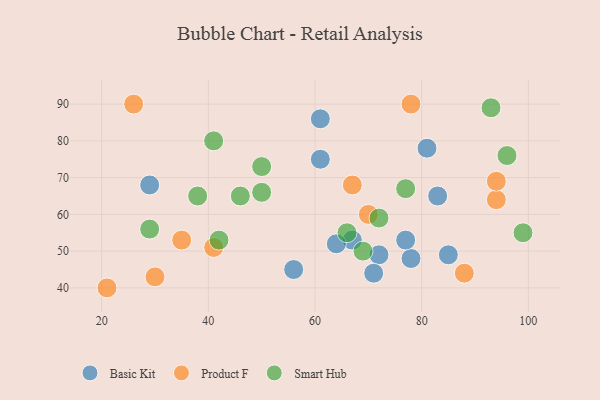
{"axis": {"x": "GDP", "y": "Life Expectancy"}, "legend": ["Basic Kit", "Product F", "Smart Hub"], "data": [{"x": "67", "y": 53, "type": "Basic Kit"}, {"x": "72", "y": 49, "type": "Basic Kit"}, {"x": "61", "y": 86, "type": "Basic Kit"}, {"x": "78", "y": 48, "type": "Basic Kit"}, {"x": "29", "y": 68, "type": "Basic Kit"}, {"x": "71", "y": 44, "type": "Basic Kit"}, {"x": "81", "y": 78, "type": "Basic Kit"}, {"x": "77", "y": 53, "type": "Basic Kit"}, {"x": "56", "y": 45, "type": "Basic Kit"}, {"x": "85", "y": 49, "type": "Basic Kit"}, {"x": "61", "y": 75, "type": "Basic Kit"}, {"x": "83", "y": 65, "type": "Basic Kit"}, {"x": "64", "y": 52, "type": "Basic Kit"}, {"x": "67", "y": 68, "type": "Product F"}, {"x": "94", "y": 64, "type": "Product F"}, {"x": "30", "y": 43, "type": "Product F"}, {"x": "78", "y": 90, "type": "Product F"}, {"x": "26", "y": 90, "type": "Product F"}, {"x": "41", "y": 51, "type": "Product F"}, {"x": "88", "y": 44, "type": "Product F"}, {"x": "94", "y": 69, "type": "Product F"}, {"x": "35", "y": 53, "type": "Product F"}, {"x": "21", "y": 40, "type": "Product F"}, {"x": "70", "y": 60, "type": "Product F"}, {"x": "38", "y": 65, "type": "Smart Hub"}, {"x": "93", "y": 89, "type": "Smart Hub"}, {"x": "99", "y": 55, "type": "Smart Hub"}, {"x": "66", "y": 55, "type": "Smart Hub"}, {"x": "96", "y": 76, "type": "Smart Hub"}, {"x": "77", "y": 67, "type": "Smart Hub"}, {"x": "42", "y": 53, "type": "Smart Hub"}, {"x": "50", "y": 66, "type": "Smart Hub"}, {"x": "69", "y": 50, "type": "Smart Hub"}, {"x": "41", "y": 80, "type": "Smart Hub"}, {"x": "29", "y": 56, "type": "Smart Hub"}, {"x": "72", "y": 59, "type": "Smart Hub"}, {"x": "46", "y": 65, "type": "Smart Hub"}, {"x": "50", "y": 73, "type": "Smart Hub"}]}